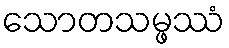
သောတသမ္ဖဿံ